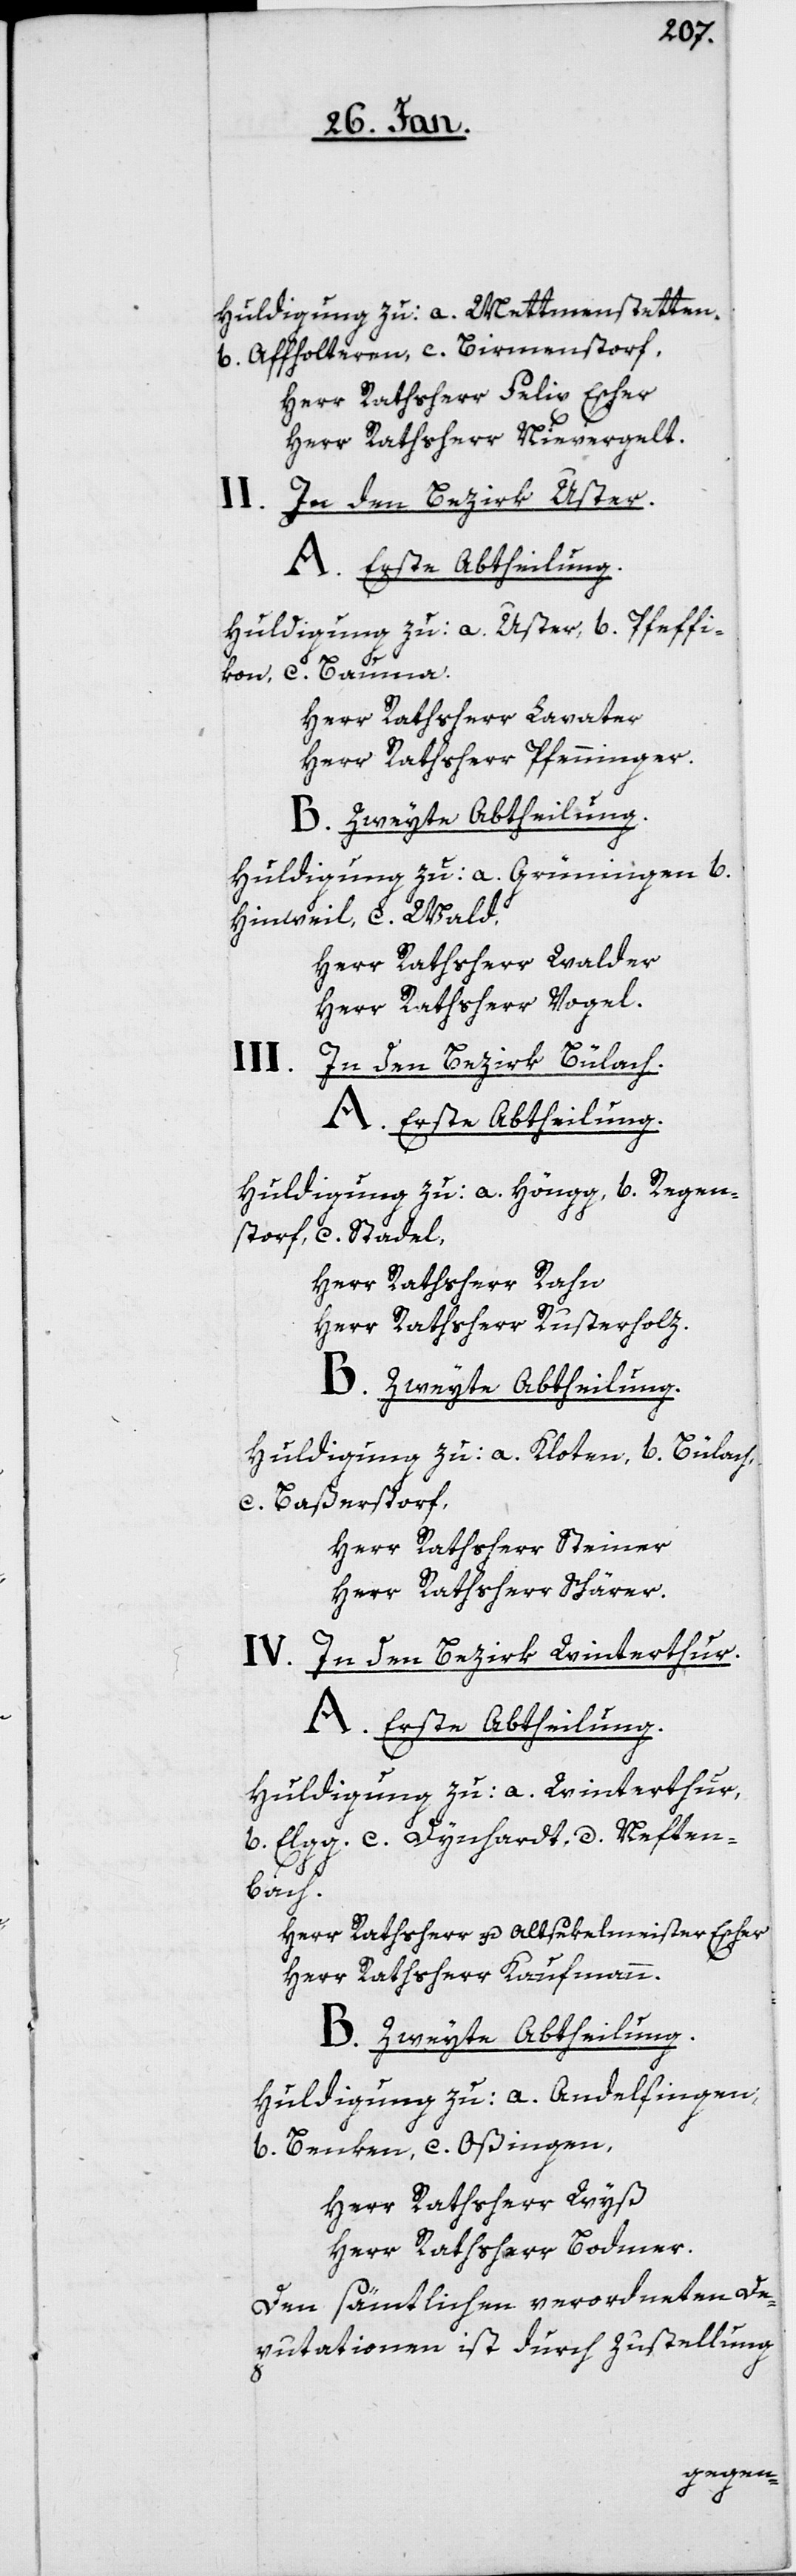
Huldigung zu: a. Mettmenstetten,
b. Affholtern, c. Birmenstorf,
Herr Rathsherr Felix Escher
Herr Rathsherr Nievergelt.
II.
In den Bezirk Uster.
A. Erste Abtheilung.
Huldigung zu: a. Uster, b. Pfeffi¬
c. Bauma.
kon,
Herr Rathsherr Lavater
Herr Rathsherr Pfenninger.
B Zweyte Abtheilung.
Huldigung zu: a. Grüningen b.
Hinweil, c. Wald,
Herr Rathsherr Walder
Herr Rathsherr Vogel.
III.
In den Bezirk Bülach.
A. Erste Abtheilung.
Huldigung zu: a. Höngg, b. Regen¬
storf, c. Stadel.
Herr Rathsherr Rahn
Herr Rathsherr Rusterholz.
B. Zweyte Abtheilung.
Huldigung zu: a. Kloten, b. Bülach,
c. Baßerstorf,
Herr Rathsherr Steiner
Herr Rathsherr Schärer.
IV. In den Bezirk Winterthur.
A. Erste Abtheilung.
Huldigung zu: a. Winterthur,
b. Elgg, c. Dynhardt, d. Neften¬
bach.
Herr Rathsherr u. Altsekelmeister Escher
Herr Rathsherr Kaufmann.
B. Zweyte Abtheilung.
Huldigung zu: a. Andelfingen,
b. Benken, c. Oßingen,
Herr Rathsherr Wyß
Herr Rathsherr Bodmer.
Den sämtlichen verordneten De¬
putationen ist durch Zustellung